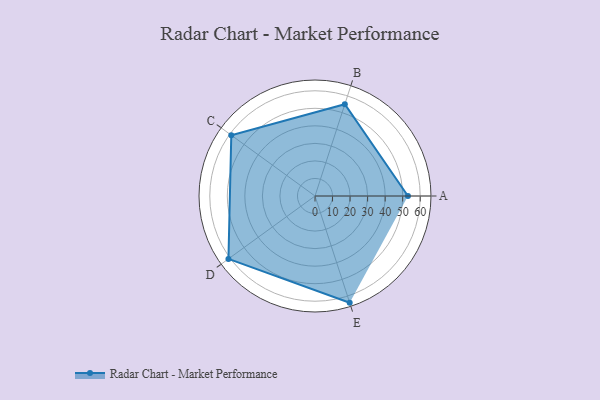
{"axis": {"x": "Skill", "y": "Score"}, "legend": ["Profile"], "data": [{"x": "A", "y": 53.0, "type": "Profile"}, {"x": "B", "y": 55.0, "type": "Profile"}, {"x": "C", "y": 59.0, "type": "Profile"}, {"x": "D", "y": 61.0, "type": "Profile"}, {"x": "E", "y": 64.0, "type": "Profile"}]}